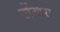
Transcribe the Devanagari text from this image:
खेंखरा